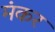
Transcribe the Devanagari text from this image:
मंकर